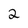
Character: 2